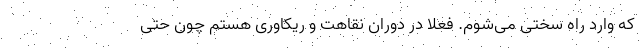
که وارد راه سختی می‌شوم. فعلا در دوران نقاهت و ریکاوری هستم چون حتی